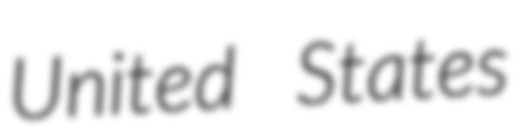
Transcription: United States